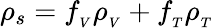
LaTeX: \rho_{s}=f_{_V}\rho_{_V}+f_{_T}\rho_{_T}